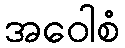
အဝေါစံ